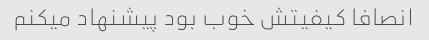
انصافا کیفیتش خوب بود پیشنهاد میکنم